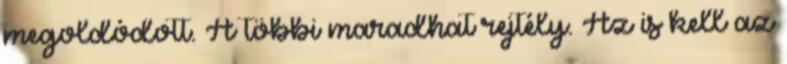
megoldódott. A többi maradhat rejtély. Az is kell az